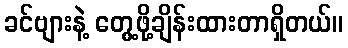
ခင်ဗျားနဲ့ တွေ့ဖို့ချိန်းထားတာရှိတယ်။